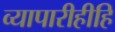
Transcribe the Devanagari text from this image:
व्यापारीहीहि